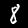
Label: 8